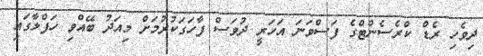
ދިވެހި ރެޑް ކްރެސެންޓްގެ ފަސްވަނަ އަހަރީ ދުވަސް ފާހަގަކުރުމަށް މިއަދު ބޭއްވި ހަފްލާގައި